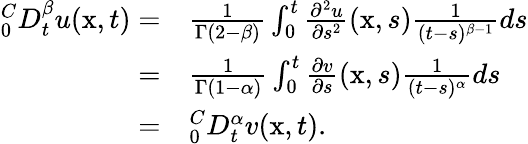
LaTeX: \begin{array}{rl}{_{0}^{C}D_{t}^{\beta}u(\mathrm{x},t)=}&{\frac{1}{\Gamma(2-\beta)}\int_{0}^{t}\frac{\partial^{2}u}{\partial s^{2}}(\mathrm{x},s)\frac{1}{(t-s)^{\beta-1}}ds}\\ {=}&{\frac{1}{\Gamma(1-\alpha)}\int_{0}^{t}\frac{\partial v}{\partial s}(\mathrm{x},s)\frac{1}{(t-s)^{\alpha}}ds}\\ {=}&{_{0}^{C}D_{t}^{\alpha}v(\mathrm{x},t).}\end{array}